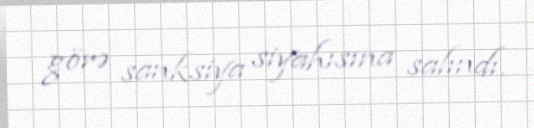
görə sanksiya siyahısına salındı.